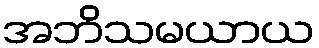
အဘိသမယာယ